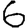
Digit: 6